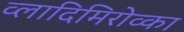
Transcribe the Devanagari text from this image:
व्लादिमिरोव्का